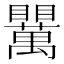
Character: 𥍈